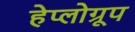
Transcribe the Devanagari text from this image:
हेप्लोग्रूप